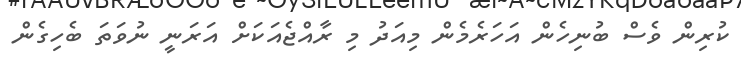
ކުރިން ވެސް ބުނިހެން އަހަރެމެން މިއަދު މި ރާއްޖެއަކަށް އަރަނީ ނުވަތަ ބެހިގެން